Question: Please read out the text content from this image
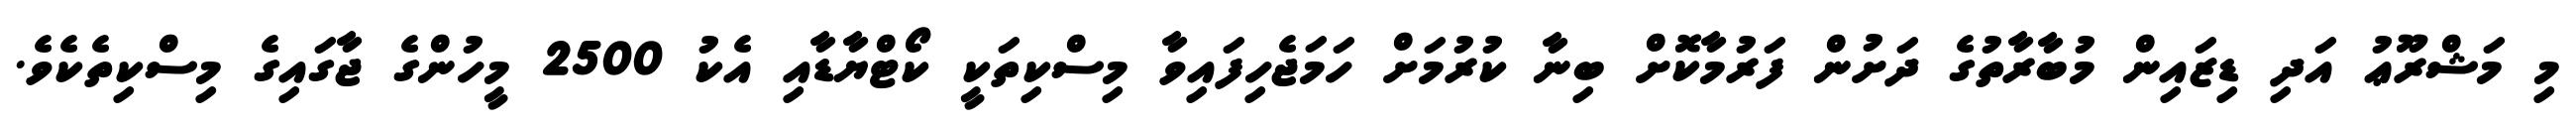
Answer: މި މަޝްރޫޢު އަދި ޑިޒައިން މުބާރާތުގެ ދަށުން ފަރުމާކޮށް ބިނާ ކުރުމަށް ހަމަޖެހިފައިވާ މިސްކިތަކީ ކޯޓްޔާޑާއި އެކު 2500 މީހުންގެ ޖާގައިގެ މިސްކިތެކެވެ.